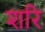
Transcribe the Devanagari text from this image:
शरि